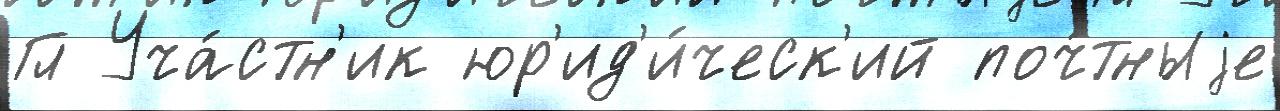
Гл Уча́стн'ик юр'ид'и́ческ'ий поч́тныjе